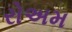
રોઅમ